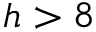
h > 8